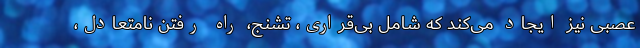
عصبی نیز ایجاد می‌کند که شامل بی‌قراری، تشنج، راه رفتن نامتعادل،